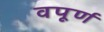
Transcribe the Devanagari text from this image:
वपूर्ण